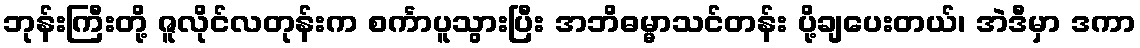
ဘုန်းကြီးတို့ ဇူလိုင်လတုန်းက စင်္ကာပူသွားပြီး အဘိဓမ္မာသင်တန်း ပို့ချပေးတယ်၊ အဲဒီမှာ ဒကာ